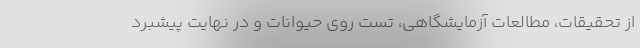
از تحقیقات، مطالعات آزمایشگاهی، تست روی حیوانات و در نهایت پیشبرد